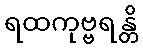
ရထကုဗ္ဗရန္တိ